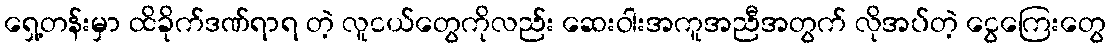
ရှေ့တန်းမှာ ထိခိုက်ဒဏ်ရာရ တဲ့ လူငယ်တွေကိုလည်း ဆေးဝါးအကူအညီအတွက် လိုအပ်တဲ့ ငွေကြေးတွေ